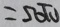
= 5 0 \pi